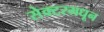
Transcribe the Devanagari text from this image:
सेक्टरमधून